Report of the Municipal Commissioner on the plague in Bombay for the year ending 31st May... - Volume 2
Disease focus: Plague
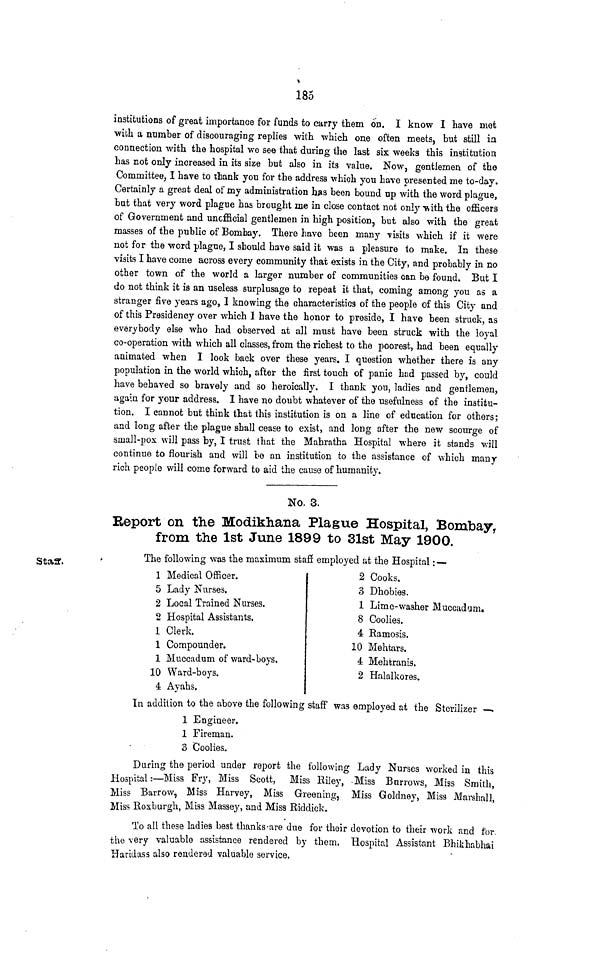
185
institutions of great importance for funds to carry them on. I know I have mot
with a number of discouraging replies with which one often meets, but still in
connection with the hospital we see that during the last six weeks this institution
has not only increased in its size but also in its value. Now, gentlemen of the
Committee, I have to thank you for the address which you have presented me to-day.
Certainly a great deal of my administration bfls been bound up with the word plague,
but that very word plague has brought me in close contact not only "with the officers
of Government and unofficial gentlemen in high position, but also with the great
masses of the public of Bombay. There have been many visits which if it were
not for the word plague, I should have said it was a pleasure to make. In these
visits I have come across every community that exists in the City, and probably in no
other town of the world a larger number of communities can be found. But I
do not think it is an useless surplusage to repeat it that, coming among you as a
stranger five years ago, I knowing the characteristics of the people of this City and
of this Presidency over which I have the honor to preside, I have been struck, as
everybody else who had observed at all must have been struck with the loyal
co-operation with which all classes, from the richest to the poorest, had been equally
animated when I look back over these years, I question whether there is any
population in the world which, after the first touch of panic had passed by, could
have behaved so bravely and so heroically. I thank you, ladies and gentlemen,
again for your address. I have no doubt whatever of the usefulness of the institu-
tion. I cannot but think that this institution is on a line of education for others;
and long after the plague shall cease to exist, and long after the new scourge of
sinall-pox will pass by, I trust that the Mahratha Hospital where it stands will
continue to flourish and will be an institution to the assistance of which many
rich people will come forward to aid the cause of humanity.
No. 3.
Keport on the Modikhana Plague Hospital, Bombay,
from the 1st June 1899 to 31st May 1900.
Staff,
The following was the maximum stafi employed at the Hospital ; —
1 Medical Officer.
5 Lady Nurses.
2 Local Trained Nurses.
2 Hospital Assistants.
1 Clerk.
1 Compounder.
1 Muccadum of ward-boys.
10 Ward-boys.
4 Ayahs.
2 Cooks.
3 Dhobies.
1 Lime-washer Muccadum.
8 Coolies.
4 Ramosis.
10 Mehtars.
4 Mehtranis.
2 Halalkores.
In addition to the above the following staff was employed at the Sterilizer —-.
1 Engineer.
1 Fireman.
3 Coolies.
During the period under report the following Lady Nurses worked in this
Hospital:—Miss Fry, Miss Scott, Miss Riley, -Miss Burrows, Miss Smith,
Miss Barrow, Miss Harvey, Miss Greening, Miss Goldney, Miss Mai-shall,
Miss Roxburgh, Miss Massey, and Miss Riddick.
To all these ladies best thanks-are due for their devotion to their work and for.
the very valuable assistance rendered by them. Hospital Assistant Bhikhabhai
Haridass also rendered valuable service.